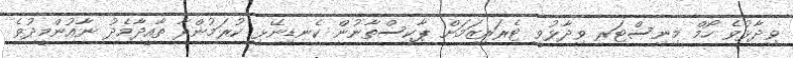
ވިދާޅުވެ ހޯމް މިނިސްޓަރ ވިދާޅުވީ ޓެރަރިޒަމަށް ޕާކިސްތާނުން ކެނޑިނޭޅި ކުރަމުންދާ ތާއީދާމެދު ނާއުންމީދުވެ